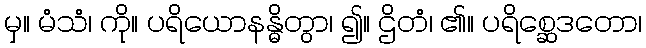
မှ။ မံသံ၊ ကို။ ပရိယောနန္ဓိတွာ၊ ၍။ ဌိတံ၊ ၏။ ပရိစ္ဆေဒတော၊